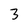
Character: 3